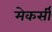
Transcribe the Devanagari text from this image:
मेकर्सी